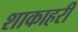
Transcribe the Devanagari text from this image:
शाकाहरी